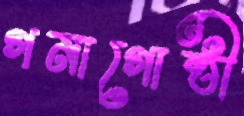
গনাগোষ্ঠী